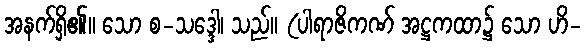
အနက်ရှိ၏။ သော စ-သဒ္ဒေါ၊ သည်။ (ပါရာဇိကဏ် အဋ္ဌကထာ၌ သော ဟိ-